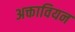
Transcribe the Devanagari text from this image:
अक्तावियन